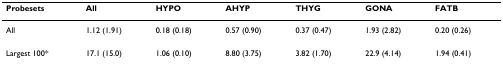
<table><thead><tr><td><b>Probesets</b></td><td><b>All</b></td><td><b>HYPO</b></td><td><b>AHYP</b></td><td><b>THYG</b></td><td><b>GONA</b></td><td><b>FATB</b></td></tr></thead><tbody><tr><td>All</td><td>1.12 (1.91)</td><td>0.18 (0.18)</td><td>0.57 (0.90)</td><td>0.37 (0.47)</td><td>1.93 (2.82)</td><td>0.20 (0.26)</td></tr><tr><td>Largest 100*</td><td>17.1 (15.0)</td><td>1.06 (0.10)</td><td>8.80 (3.75)</td><td>3.82 (1.70)</td><td>22.9 (4.14)</td><td>1.94 (0.41)</td></tr></tbody></table>